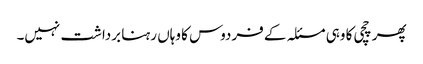
پھر چچی کا وہی مسئلہ کے فردوس کا وہاں رہنا برداشت نہیں۔